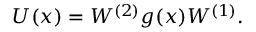
U ( x ) = W ^ { ( 2 ) } g ( x ) W ^ { ( 1 ) } .